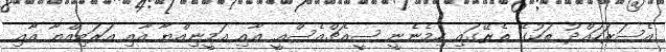
އެސަރަހައްދު ތަކުގެ ތެރޭގައި ހިމެނެނީ ސީއެޗްއެސްއީ އާއި އަމީނިއްޔާ އާއި އަރަބިއްޔާ އާއި